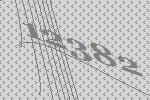
12382